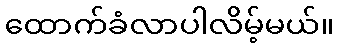
ထောက်ခံလာပါလိမ့်မယ်။